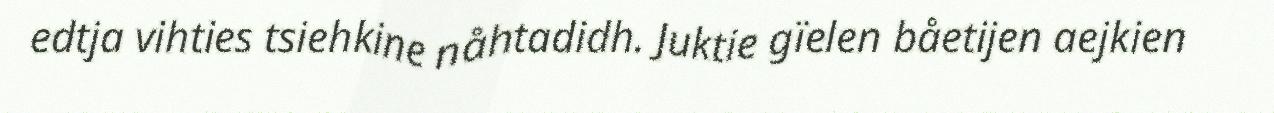
edtja vihties tsiehkine nåhtadidh. Juktie gïelen båetijen aejkien